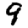
Digit: 9